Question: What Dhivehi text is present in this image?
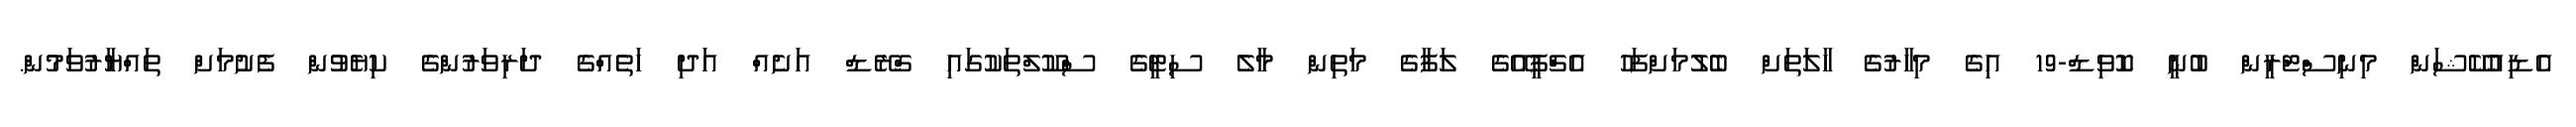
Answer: އެޑިއުކޭޝަން މިނިސްޓްރީން ބުނީ ކޮވިޑް-19 އިގެ މިހާރުގެ ހާލަތަށް ބެލުމަށްފަހު އެޗްޕީއޭގެ ލަފާގެ މަތިން މާލެ ސިޓީގެ ސްކޫލްތަކުގައި ގްރޭޑް އަށެއް އަދި ހަތެއްގެ ދަރިވަރުންގެ ކިޔެވުން ފެށުމަށް ތައްޔާރުވަމުން.